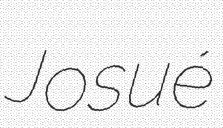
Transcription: Josué